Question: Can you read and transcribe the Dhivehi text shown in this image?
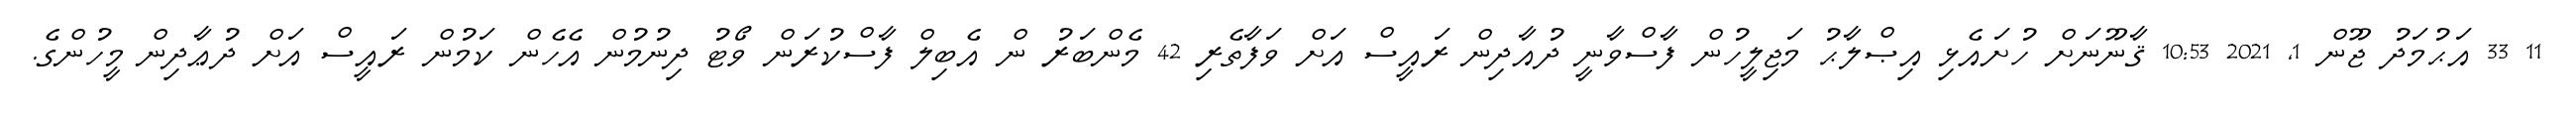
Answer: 11 33 އަޙުމަދު ޖޫން 1, 2021 10:53 ޤާނޫނަށް ހުށައެޅި އިޞްލާޙު މަޖިލީހުން ފާސްވާނީ ދުއާދިން ރައީސް އަށް ވަފާތެރި 42 މެންބަރު ން އެބިލް ފާސްކުރަން ވޯޓު ދިނުމުން އެހެން ކަމުން ރައީސް އަށް ދުޢާދިން މީހުންގެ.